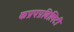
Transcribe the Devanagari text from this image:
कप्रपप्रबिलिटी